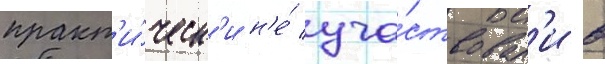
практ'и́ческ'и н'е́ уча́ствовал'и в